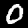
Digit: 0